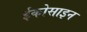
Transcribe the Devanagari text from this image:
ईकोसाइन